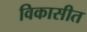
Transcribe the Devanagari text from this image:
विकासीत